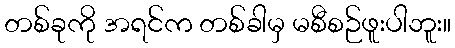
တစ်ခုကို အရင်က တစ်ခါမှ မစီစဉ်ဖူးပါဘူး။